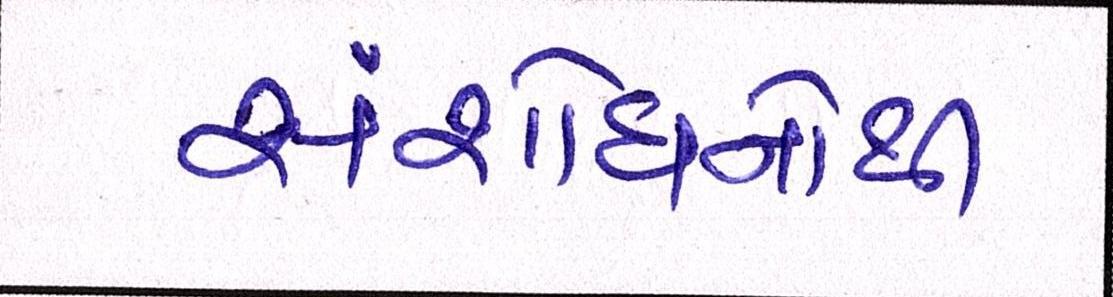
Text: સંશોધનોથી